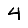
Digit: 4